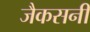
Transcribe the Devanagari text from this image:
जैकसनी